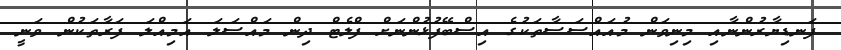
ފަނޑިޔާރުންނާއި މިނިވަން މުއައްސަސާތަކުގެ އިސްބޭފުޅުންނަށް ފްލެޓް ދިން މައްސަލަ އަމިއްލަ ފަރާތަކުން ވަނީ